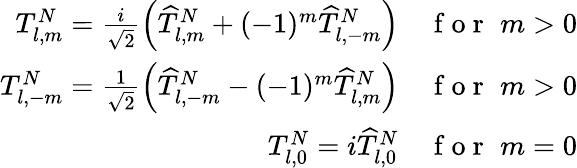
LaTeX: \begin{array}{r}{T_{l,m}^{N}=\frac{i}{\sqrt{2}}\left(\widehat{T}_{l,m}^{N}+(-1)^{m}\widehat{T}_{l,-m}^{N}\right)\quad\mathrm{~f~o~r~}\, \, m>0}\\ {T_{l,-m}^{N}=\frac{1}{\sqrt{2}}\left(\widehat{T}_{l,-m}^{N}-(-1)^{m}\widehat{T}_{l,m}^{N}\right)\quad\mathrm{~f~o~r~}\, \, m>0}\\ {T_{l,0}^{N}=i\widehat{T}_{l,0}^{N}\quad\mathrm{~f~o~r~}\, \, m=0}\end{array}